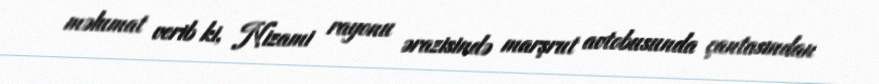
məlumat verib ki, Nizami rayonu ərazisində marşrut avtobusunda çantasından